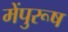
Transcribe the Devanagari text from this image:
मेंपुरूष